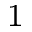
_ 1